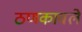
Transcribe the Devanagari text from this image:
ठणकावले